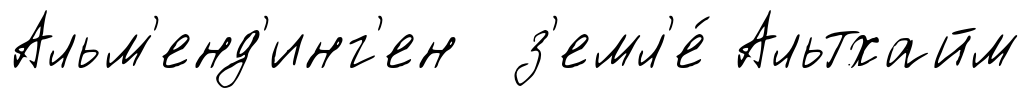
Альм'енд'инг'ен з'емл'е́ Альтхайм